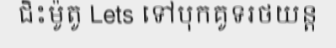
ជិះម៉ូតូ Lets ទៅបុកគូទរថយន្ត